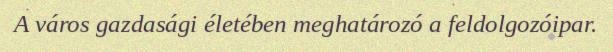
A város gazdasági életében meghatározó a feldolgozóipar.